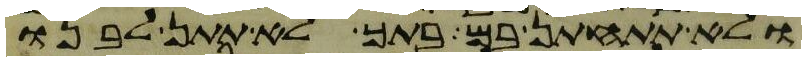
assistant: ולא תתחתן בם בתך לא תתן לבנו